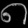
Digit: ၈